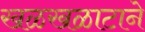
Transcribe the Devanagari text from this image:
खळखळाटाने